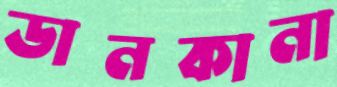
ডানকানা